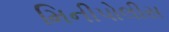
મિનીપોલીસ